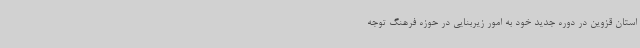
استان قزوین در دوره جدید خود به امور زیربنایی در حوزه فرهنگ توجه